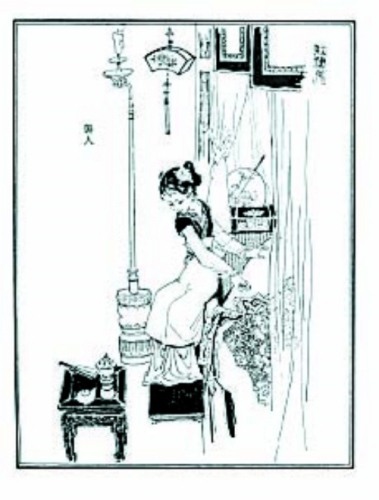
不信妾断肠，归来看取明镜前。